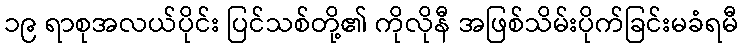
၁၉ ရာစုအလယ်ပိုင်း ပြင်သစ်တို့၏ ကိုလိုနီ အဖြစ်သိမ်းပိုက်ခြင်းမခံရမီ